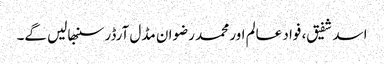
اسد شفیق، فواد عالم اور محمد رضوان مڈل آرڈر سنبھالیں گے۔